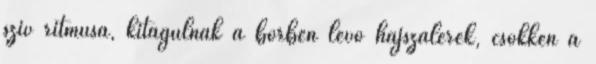
szív ritmusa, kitágulnak a bőrben lévő hajszálerek, csökken a